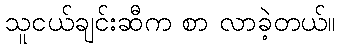
သူငယ်ချင်းဆီက စာ လာခဲ့တယ်။